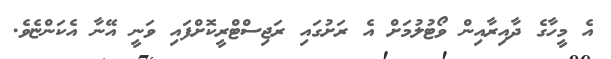
އެ މީހާގެ ދާއިރާއިން ވޯޓުލުމަށް އެ ރަށުގައި ރަޖިސްޓްރީކޮށްފައި ވަނީ އޭނާ އެކަންޏެވެ.